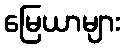
မြေယာများ